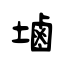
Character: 塷